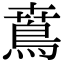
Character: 𩿜